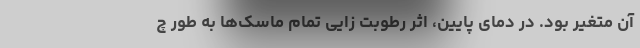
آن متغیر بود. در دمای پایین، اثر رطوبت زایی تمام ماسک‌ها به طور چ